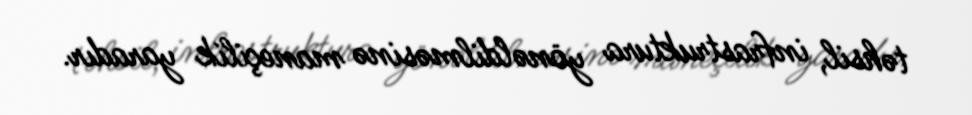
təhsil, infrastruktura yönəldilməsinə maneçilik yaradır.